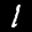
Label: 1